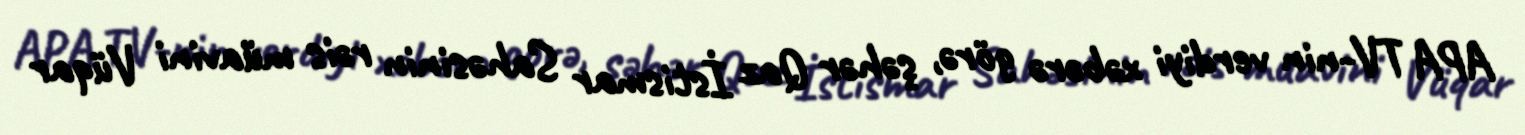
APA TV-nin verdiyi xəbərə görə, şəhər Qaz İstismar Sahəsinin rəis müavini Vüqar